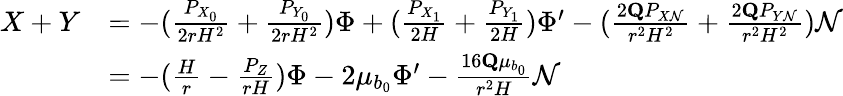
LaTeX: \begin{array}{rl}{X+Y}&{=-(\frac{P_{X_{0}}}{2rH^{2}}+\frac{P_{Y_{0}}}{2rH^{2}})\Phi+(\frac{P_{X_{1}}}{2H}+\frac{P_{Y_{1}}}{2H})\Phi^{\prime}-(\frac{2\mathbf{Q}P_{X\mathcal{N}}}{r^{2}H^{2}}+\frac{2\mathbf{Q}P_{Y\mathcal{N}}}{r^{2}H^{2}})\mathcal{N}}\\ &{=-(\frac{H}{r}-\frac{P_{Z}}{rH})\Phi-2\mu_{b_{0}}\Phi^{\prime}-\frac{16\mathbf{Q}\mu_{b_{0}}}{r^{2}H}\mathcal{N}}\end{array}